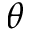
\theta